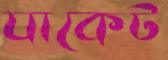
যাকেট